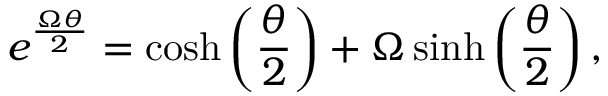
e ^ { \frac { { \boldsymbol { \Omega } } \theta } { 2 } } = \cosh \left( { \frac { \theta } { 2 } } \right) + { \boldsymbol { \Omega } } \sinh \left( { \frac { \theta } { 2 } } \right) ,